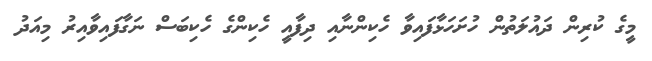
މީގެ ކުރިން ދައުލަތުން ހުށަހަޅާފައިވާ ހެކިންނާއި ދިފާއީ ހެކިންގެ ހެކިބަސް ނަގާފައިވާއިރު މިއަދު